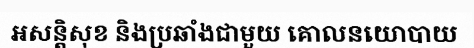
អសន្តិសុខ និងប្រឆាំងជាមួយ គោលនយោបាយ